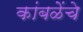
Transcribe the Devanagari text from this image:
कांबळेेंचे